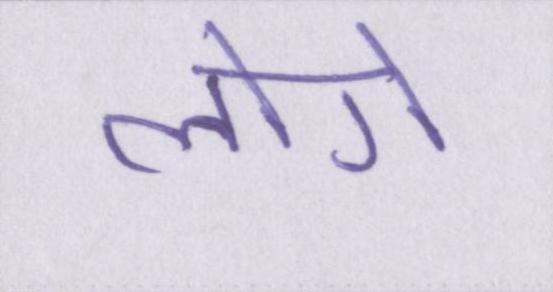
लागे